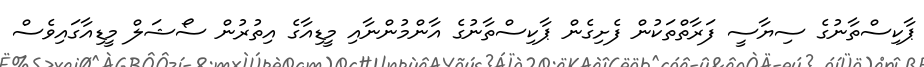
ޕާކިސްތާނުގެ ސިޔާސީ ފަރާތްތަކުން ފެށިގެން ޕާކިސްތާނުގެ އާންމުންނާއި މީޑިއާގެ އިތުރުން ސޯޝަލް މީޑިއާގައިވެސް